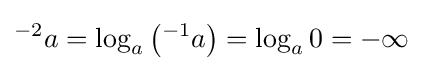
{}^{-2}a=\log _{a}\left({}^{-1}a\right)=\log _{a}0=-\infty